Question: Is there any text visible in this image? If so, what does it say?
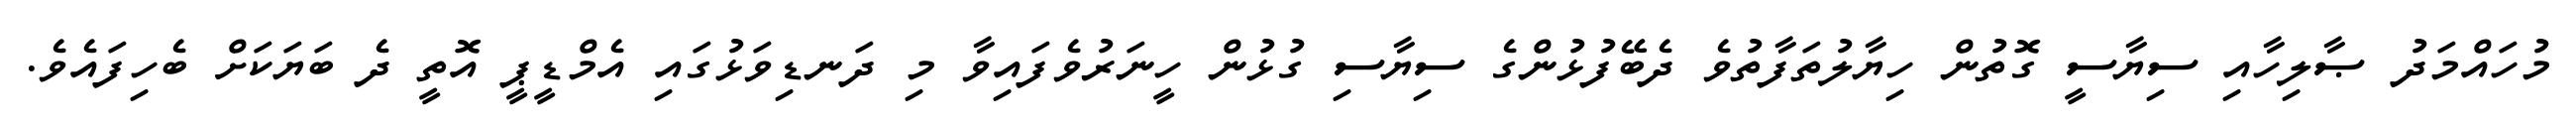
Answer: މުހައްމަދު ޞާލިހާއި ސިޔާސީ ގޮތުން ހިޔާލުތަފާތުވެ ދެބޭފުޅުންގެ ސިޔާސި ގުޅުން ހީނަރުވެފައިވާ މި ދަނޑިވަޅުގައި އެމްޑީޕީ އޮތީ ދެ ބަޔަކަށް ބެހިފައެވެ.